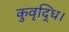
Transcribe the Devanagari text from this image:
कुवृद्धि।